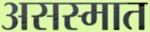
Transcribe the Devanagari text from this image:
असस्मात